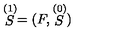
\stackrel { ( 1 ) } { S } = ( F , \stackrel { ( 0 ) } { S } )